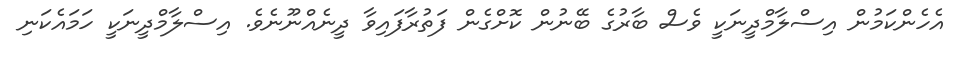
އެހެންކަމުން އިސްލާމްދީނަކީ ވެސް ބާރުގެ ބޭނުން ކޮށްގެން ފަތުރާފައިވާ ދީނެއްނޫނެވެ. އިސްލާމްދީނަކީ ހަމައެކަނި